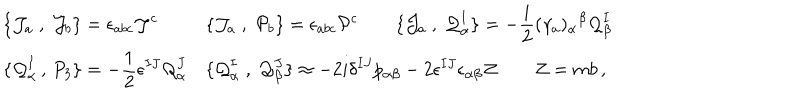
\begin{array} { l l } { { \displaystyle \{ { \cal J } _ { a } \; , \; { \cal J } _ { b } \} = \epsilon _ { a b c } { \cal J } ^ { c } } } & { { \displaystyle \{ { \cal J } _ { a } \; , \; { \cal P } _ { b } \} = \epsilon _ { a b c } { \cal P } ^ { c } \qquad \{ { \cal J } _ { a } \; , \; { \cal Q } _ { \alpha } ^ { I } \} = - \frac { i } { 2 } ( \gamma _ { a } ) _ { \alpha } { } ^ { \beta } { \cal Q } _ { \beta } ^ { I } } } \\ { { \displaystyle \{ { \cal Q } _ { \alpha } ^ { I } \, , \, P _ { 3 } \} = - \frac 1 2 \epsilon ^ { I J } { \cal Q } _ { \alpha } ^ { J } } } & { { \displaystyle \{ { \cal Q } _ { \alpha } ^ { I } \; , \; { \cal Q } _ { \beta } ^ { J } \} \approx - 2 i \delta ^ { I J } p _ { \alpha \beta } - 2 \epsilon ^ { I J } \epsilon _ { \alpha \beta } { \cal Z } \qquad { \cal Z } = m b \, , } } \\ \end{array}